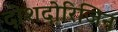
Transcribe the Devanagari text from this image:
दोशदोरिजिन